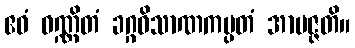
ဧဝံ ဝဏ္ဏိတံ ခဂ္ဂဝိသာဏကပ္ပတံ အာပဇ္ဇတိ။